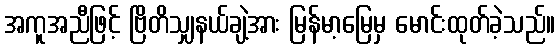
အကူအညီဖြင့် ဗြိတိသျှနယ်ချဲ့အား မြန်မာ့မြေမှ မောင်းထုတ်ခဲ့သည်။